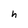
Character: h